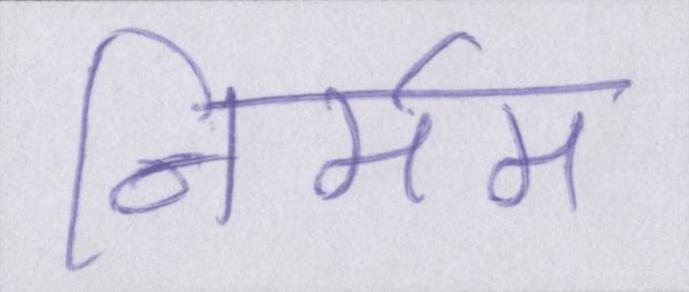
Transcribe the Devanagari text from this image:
निर्मम